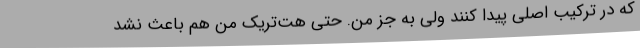
که در ترکیب اصلی پیدا کنند ولی به جز من. حتی هت‌تریک من هم باعث نشد